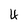
Character: 4